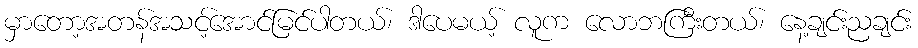
မှာတော့အတန်အသင့်အောင်မြင်ပါတယ်၊ ဒါပေမယ့် လူက လောဘကြီးတယ်၊ နေ့ချင်းညချင်း